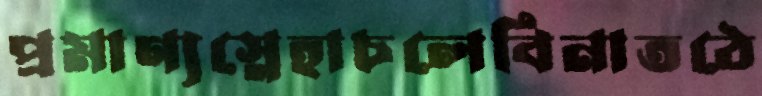
প্রমাণ্যস্নেহাচলেবিনাতঠে